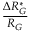
\frac { \Delta R _ { G } ^ { * } } { R _ { G } }